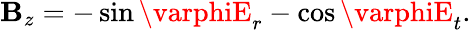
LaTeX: \mathbf{B}_{z}=-\sin\varphiE_{r}-\cos\varphiE_{t}.